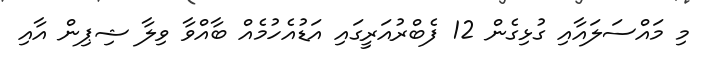
މި މައްސަލައާއި ގުޅިގެން 12 ފެބްރުއަރީގައި އަޑުއެހުމެއް ބާއްވާ ވިލާ ޝިޕިން އާއި